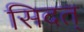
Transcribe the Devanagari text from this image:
सिदत्